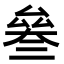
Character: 𠬅